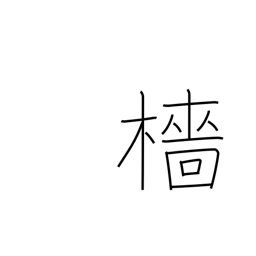
Meaning: mast